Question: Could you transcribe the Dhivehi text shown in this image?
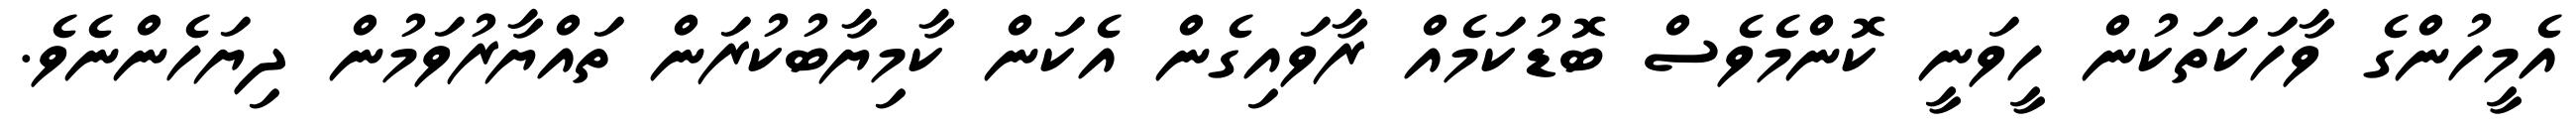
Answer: އެމީހުންގެ ވާހަކަތަކުން ހީވަނީ ކޮންމެވެސް ބޮޑުކަމެއް ރާވައިގެން އެކަން ކާމިޔާބުކުރަން ތައްޔާރުވަމުން ދިޔަހެންނެވެ.